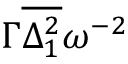
\Gamma \overline { { \Delta _ { 1 } ^ { 2 } } } \omega ^ { - 2 }